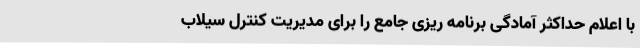
با اعلام حداکثر آمادگی برنامه ریزی جامع را برای مدیریت کنترل سیلاب